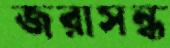
জরাসন্ধ